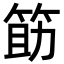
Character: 筯